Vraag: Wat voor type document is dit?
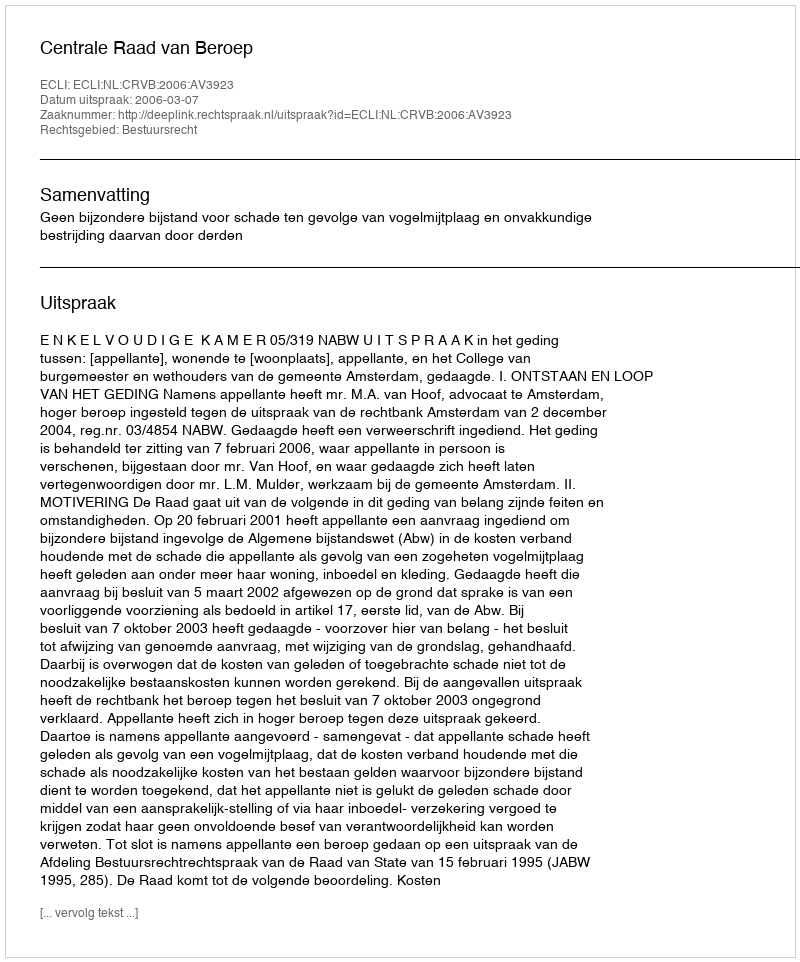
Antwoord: Uitspraak